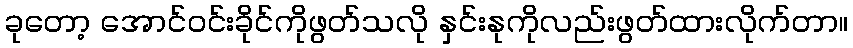
ခုတော့ အောင်ဝင်းခိုင်ကိုဖွတ်သလို နှင်းနုကိုလည်းဖွတ်ထားလိုက်တာ။